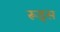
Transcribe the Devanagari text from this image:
रूड्स